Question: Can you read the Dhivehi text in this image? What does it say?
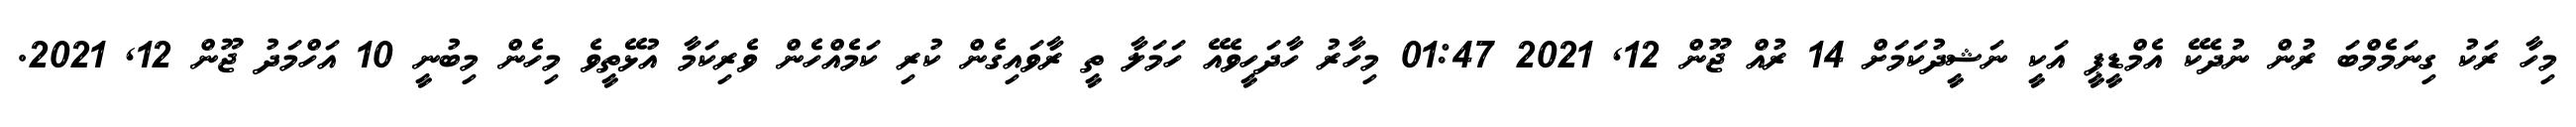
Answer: މިހާ ރަކު ގިނަމެމްބަ ރުން ނުދެކޭ އެމްޑީޕީ އަކީ ނަޝީދުކަމަށް 14 ރުއް ޖޫން 12, 2021 01:47 މިހާރު ހާދަހީވެއޭ ހަމަލާ ތީ ރާވައިގެން ކުރި ކަމެއްހެން ވެރިކަމާ އުޅޭތީވެ މިހެން މިބުނީ 10 އަހްމަދު ޖޫން 12, 2021.